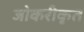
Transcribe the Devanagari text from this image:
जोकरीकृत